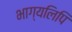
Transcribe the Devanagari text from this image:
भाग्यलिपि